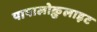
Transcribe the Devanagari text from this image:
पापालोक़ुलाइट